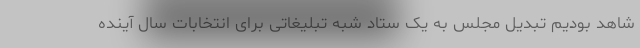
شاهد بودیم تبدیل مجلس به یک ستاد شبه تبلیغاتی برای انتخابات سال آینده